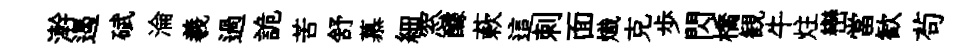
澣遏碔淪羲過詭苦舒慕細窓醵蔌這刺面熾克歩閃橋観牛炷巒當歓茍